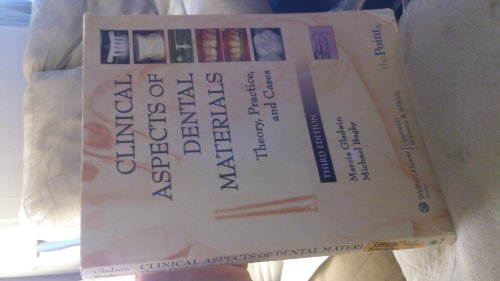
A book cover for By Marcia A. Gladwin - Clinical Aspects of Dental Materials: Theory, Practice and Cases: 3rd (third) Edition; Marcia A. Gladwin RDH EdD; Medical Books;